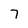
Character: 7